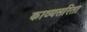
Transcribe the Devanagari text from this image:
काव्यसरिता